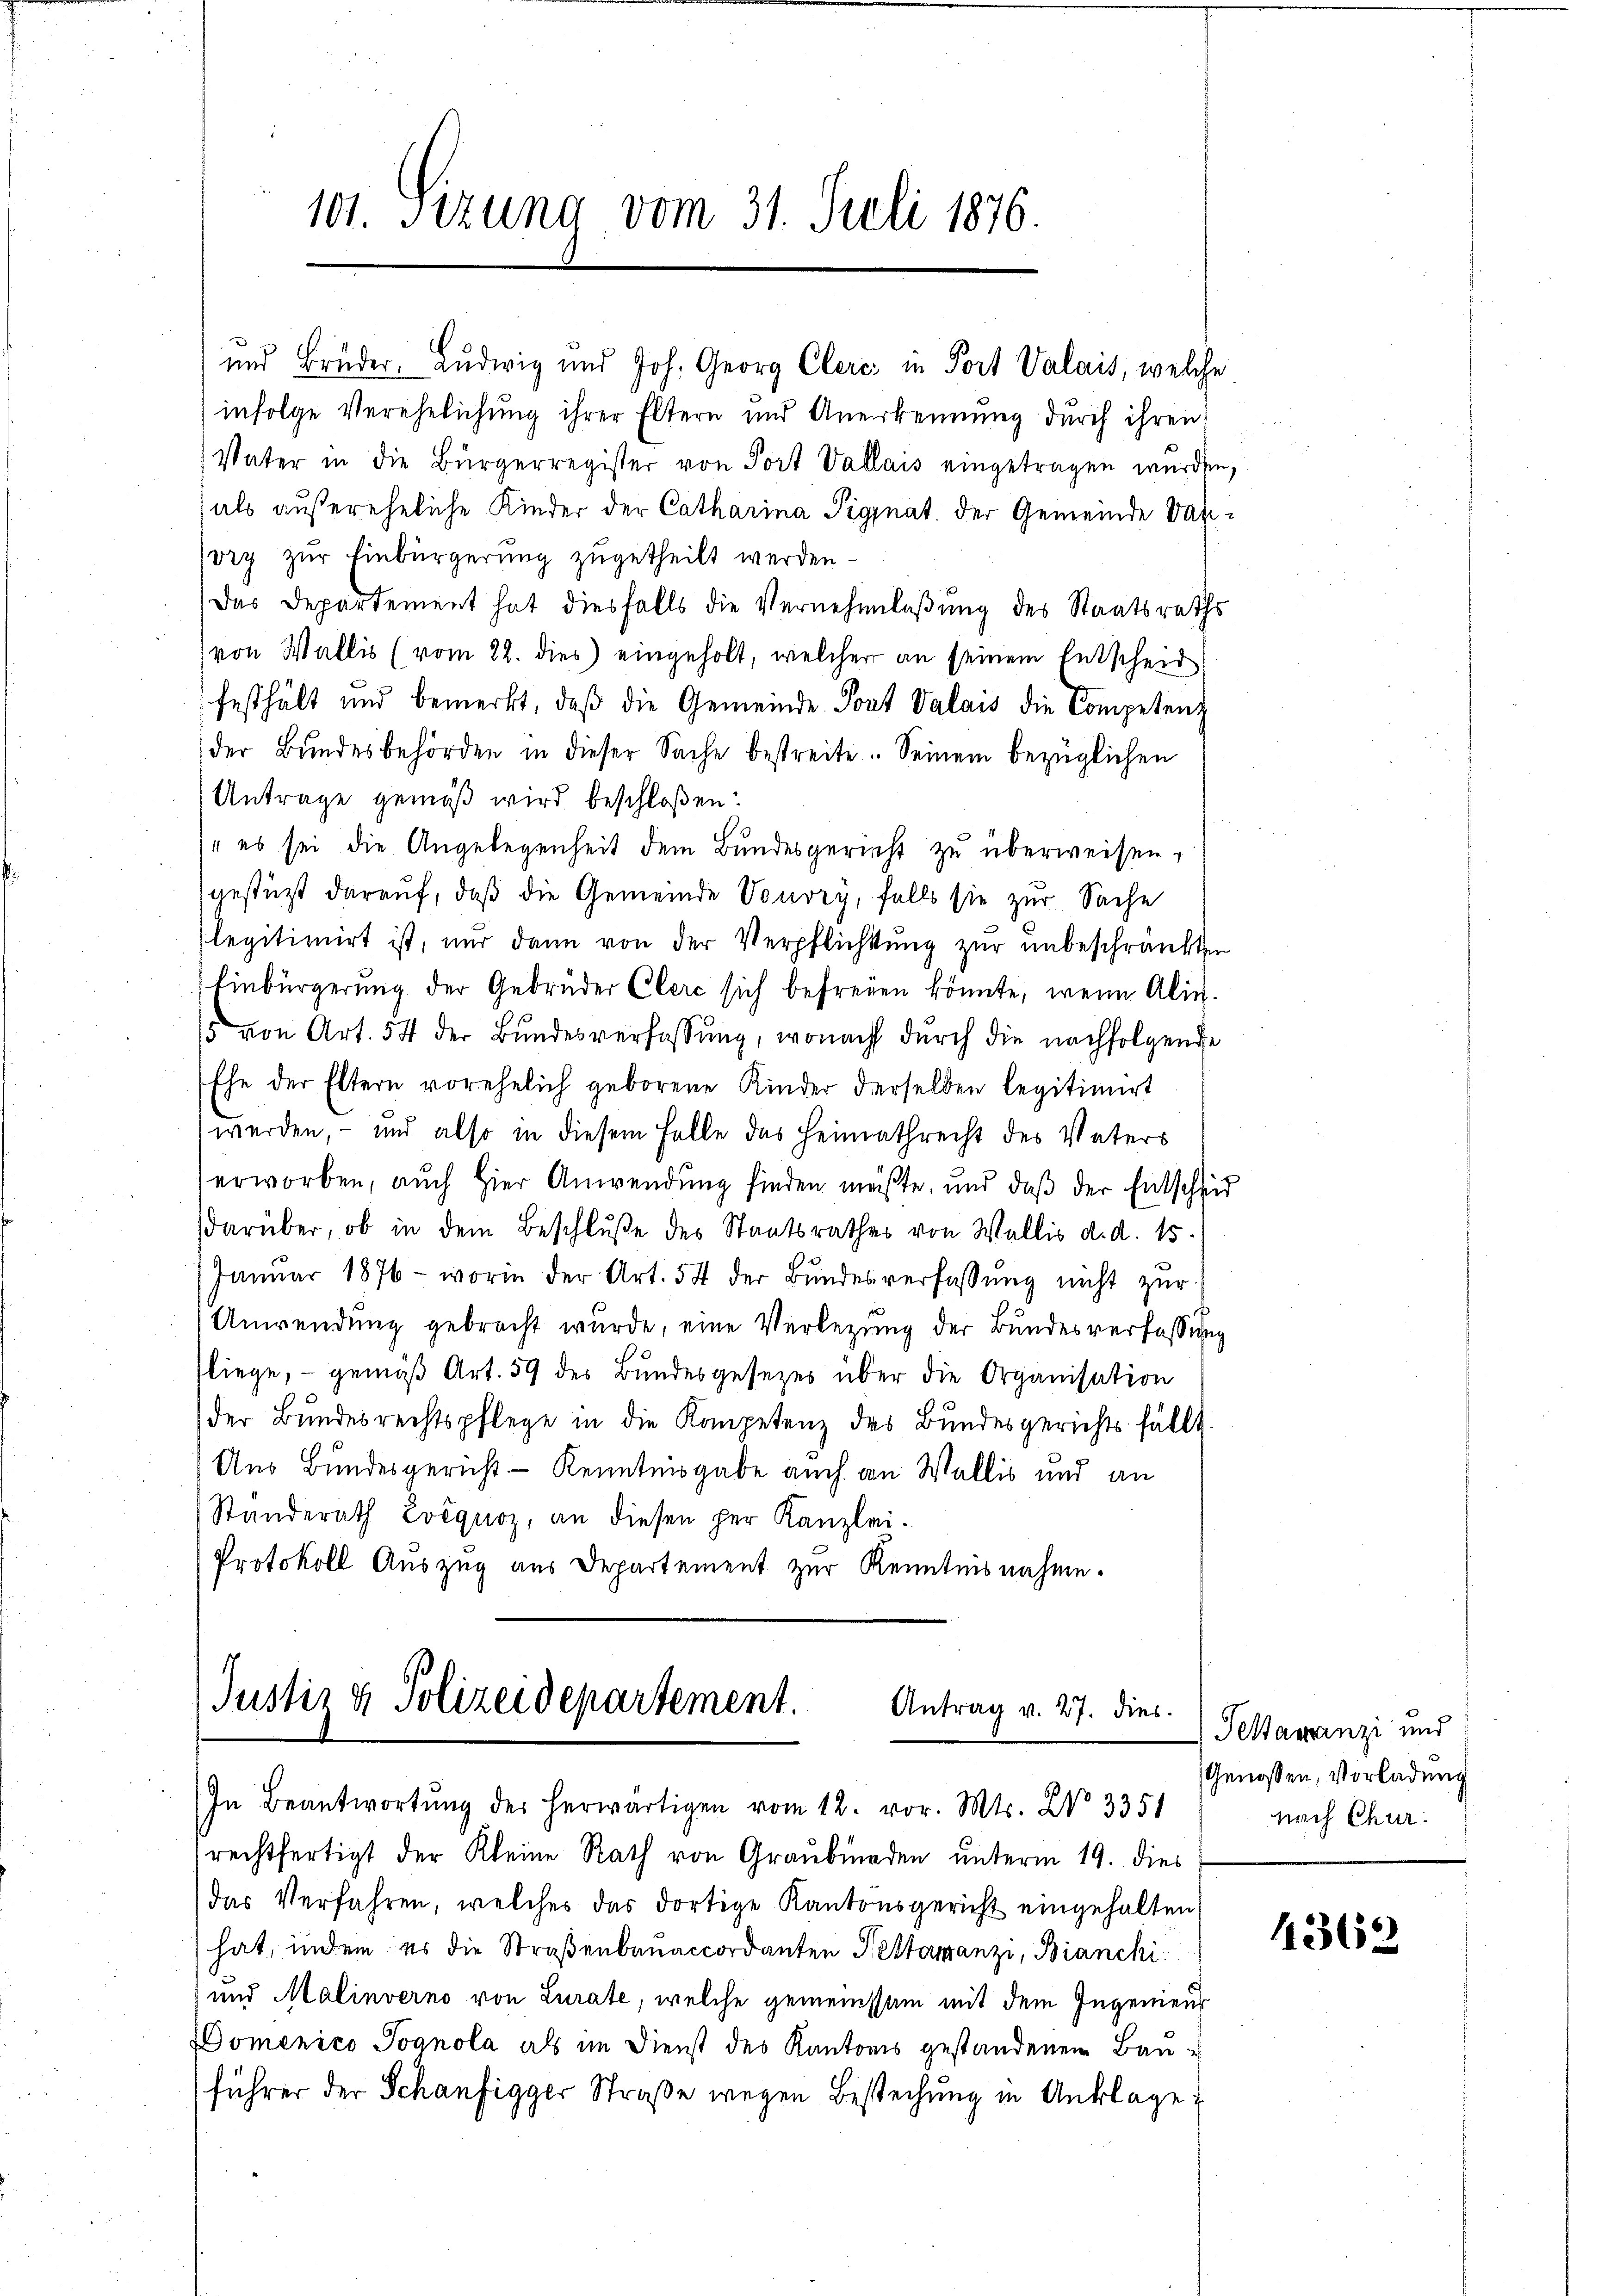
101. Sitzung vom 31. Juli 1876.

und Brüder. Ludwig und Joh. Georg Clerc in Port Valais, welche
infolge Verehelichung ihrer Eltern und Anerkennung durch ihren
Vater in die Bürgerregister von Port Vallais eingetragen wurden,
als außereheliche Kinder der Catharina Pignat der Gemeinde Vapiory zur Einbürgerung zugetheilt werden
Das Departement hat diesfalls die Vernehmlaßung des Staatsraths
von Wallis (vom 22. dies eingeholt, welcher an seinem Entscheid
festhält und bemerkt, daß die Gemeinde Port Valais die Competent
der Bundesbehörden in dieser Sache bestreite. Seinem bezüglichen
Antrage gemäß wird beschloßen:
 es sei die Angelegenheit dem Bundesgericht zu überweisen,
gestützt darauf, daß die Gemeinde Vouvry, falls sie zur Sache
slegitimirt ist, nur dann von der Verpflichtung zur unbeschränkten
Einbürgerung der Gebrüder Clerc sich befreien könnte, wenn Alin¬
15 von Art. 54 der Bŭndesverfassŭng, wonach dŭrch die nachfolgende
Ehe der Eltern vorehelich geborene Kinder derselben legitimirt
werden, – und also in diesem Falle des Heimathrecht des Vaters
erworben, auch hier Anwendung finden müßte, und daβ der Entscheid
darüber, ob in dem Beschluße des Staatsrathes von Wallis d. d. 15.
Janŭar 1876 - worin der Art. 54 der Bŭndesverfassŭng nicht zŭr
Anwendung gebracht wurde, eine Verlegung der Bundesverfassung
fliege, – gemäß Art. 59 des Bundesgesezes über die Organisation
der Bŭndesrechtspflege in die Kompetenz des Bundesgerichts fällt.
Ans Bundesgericht - Kenntnisgabe auch an Wallis und an
Standerath Evéquoz, an diesen per Kanzlei-
Protokoll Auszug aus Departement zur Kenntnisnahme.

Justiz & Polizeidepartement.
Antrag v. 27. dies
In Beantwortŭng des herwärtigen vom 12. vor. Mts. No 3351

rechtfertigt der Kleine Rath von Graubünden unterm 19. dies
das Verfahren, welches das dortige Kantonsgericht eingehalten,
hat, indem es die Straßenbauaccordanten Pestamanzi, Bianchi
und Malinverno von Lurate, welche gemeinsam mit dem Ingenieur
DDomenico Pognola als im Dienst des Kantons gestandenen Bauführer der Schaufigger Straße wegen Bestechung in Anklage

Testauranzi und
Genossen, Vorladung
nach Chur.

4362